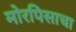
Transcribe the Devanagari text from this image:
मोरपिसाचा